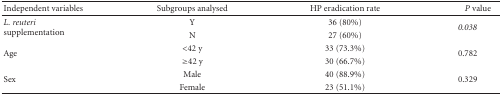
<table><thead><tr><td><b>Independent variables</b></td><td><b>Subgroups analysed</b></td><td><b>HP eradication rate</b></td><td><b><i>P</i> value</b></td></tr></thead><tbody><tr><td rowspan="2"><i>L. reuteri</i> supplementation</td><td>Y</td><td>36 (80%)</td><td rowspan="2"><i>0.038 </i></td></tr><tr><td> N</td><td> 27 (60%)</td></tr><tr><td rowspan="2">Age</td><td>&lt;42 y</td><td>33 (73.3%)</td><td rowspan="2">0.782</td></tr><tr><td>≥42 y</td><td>30 (66.7%)</td></tr><tr><td rowspan="2">Sex</td><td>Male</td><td>40 (88.9%)</td><td rowspan="2">0.329</td></tr><tr><td>Female</td><td>23 (51.1%)</td></tr></tbody></table>